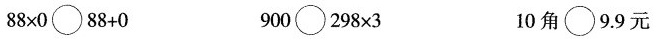
$$8 8 \times 0 \circ 8 8 + 0$$ $$9 0 0 \circ 2 9 8 \times 3$$ 1 0 角 \circ 9 . 9元